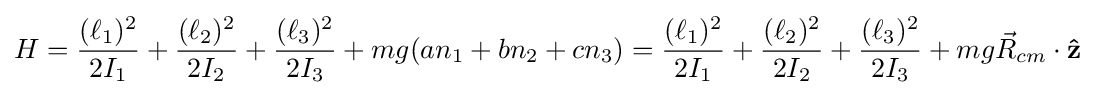
H={\frac {(\ell _{1})^{2}}{2I_{1}}}+{\frac {(\ell _{2})^{2}}{2I_{2}}}+{\frac {(\ell _{3})^{2}}{2I_{3}}}+mg(an_{1}+bn_{2}+cn_{3})={\frac {(\ell _{1})^{2}}{2I_{1}}}+{\frac {(\ell _{2})^{2}}{2I_{2}}}+{\frac {(\ell _{3})^{2}}{2I_{3}}}+mg{\vec {R}}_{cm}\cdot \mathbf {\hat {z}}